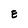
Character: E